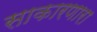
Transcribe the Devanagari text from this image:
साकारणारा